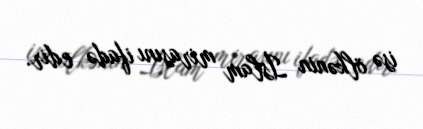
isə ölkənin İslam mirasını ifadə edir.